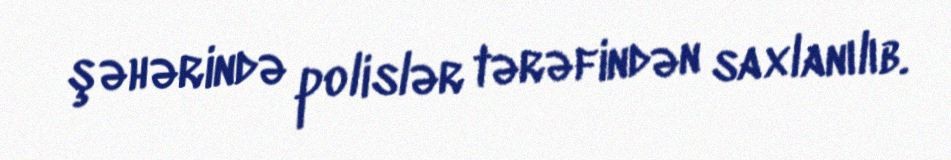
şəhərində polislər tərəfindən saxlanılıb.